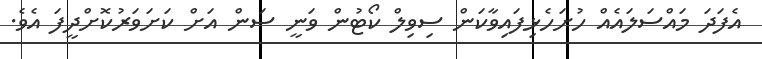
އެފަދަ މައްސަލައެއް ހުށަހެޅިފައިވާކަން ސިވިލް ކޯޓުން ވަނީ ސަން އަށް ކަށަވަރުކޮށްދީފަ އެވެ.